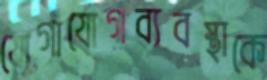
যোগাযোগব্যবস্থাকে